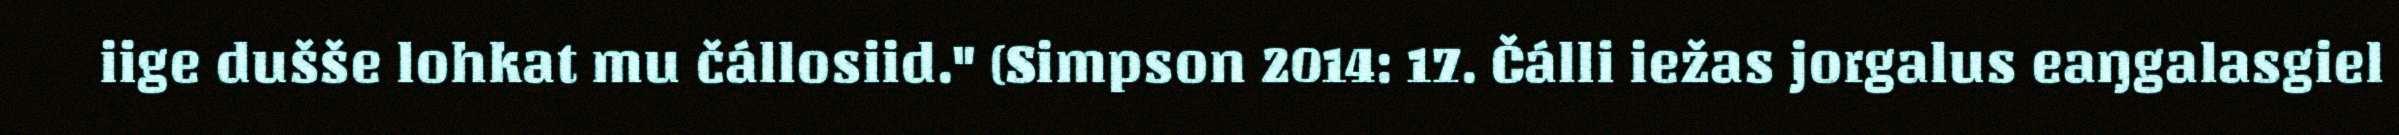
iige dušše lohkat mu čállosiid." (Simpson 2014: 17. Čálli iežas jorgalus eaŋgalasgiel